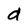
Character: a